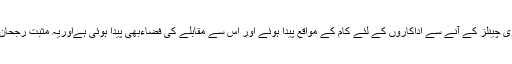
ٹی وی چینلز کے آنے سے اداکاروں کے لئے کام کے مواقع پیدا ہوئے اور اس سے مقابلے کی فضاءبھی پیدا ہوئی ہےاوریہ مثبت رجحان ہے۔